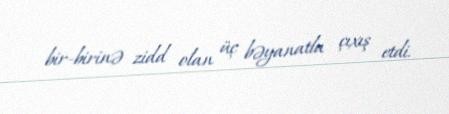
bir-birinə zidd olan üç bəyanatla çıxış etdi.